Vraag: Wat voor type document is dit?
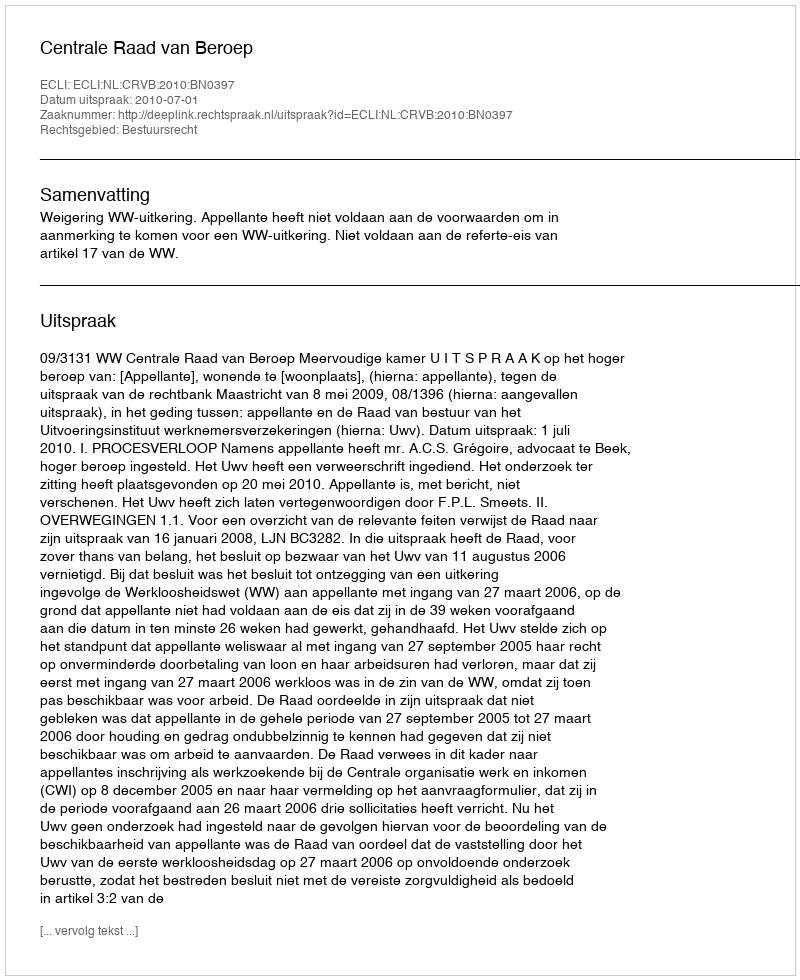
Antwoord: Uitspraak